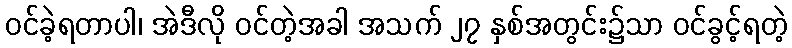
ဝင်ခဲ့ရတာပါ၊ အဲဒီလို ဝင်တဲ့အခါ အသက် ၂၇ နှစ်အတွင်း၌သာ ဝင်ခွင့်ရတဲ့